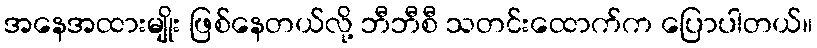
အနေအထားမျိုး ဖြစ်နေတယ်လို့ ဘီဘီစီ သတင်းထောက်က ပြောပါတယ်။